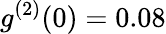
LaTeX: g^{(2)}(0)=0.08